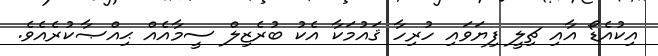
އިކުއެޑޯ އާއި ޗިލީ ފިޔަވައި ހުރިހާ ޤައުމަކާ އެކު ބުރެޒިލް ސީމާއެއް ޙިއްޞާކުރެއެވެ.